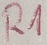
Text: R1